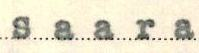
Saara